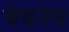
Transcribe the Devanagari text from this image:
चेयनेय